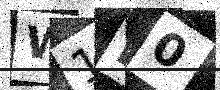
Text: W1D0